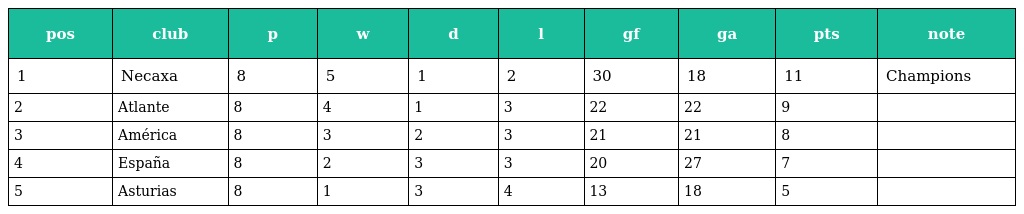
| pos | club | p | w | d | l | gf | ga | pts | note |
 | --- | --- | --- | --- | --- | --- | --- | --- | --- | --- |
 | 1 | Necaxa | 8 | 5 | 1 | 2 | 30 | 18 | 11 | Champions |
 | 2 | Atlante | 8 | 4 | 1 | 3 | 22 | 22 | 9 |  |
 | 3 | América | 8 | 3 | 2 | 3 | 21 | 21 | 8 |  |
 | 4 | España | 8 | 2 | 3 | 3 | 20 | 27 | 7 |  |
 | 5 | Asturias | 8 | 1 | 3 | 4 | 13 | 18 | 5 |  |